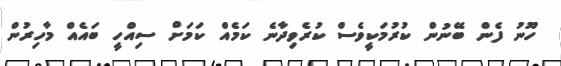
ހޫނު ފެން ބޭނުން ކުރުމަކީވެސް ކުރެވިދާނެ ކަމެއް ކަމަށް ސިއްހީ ބައެއް މާހިރުން